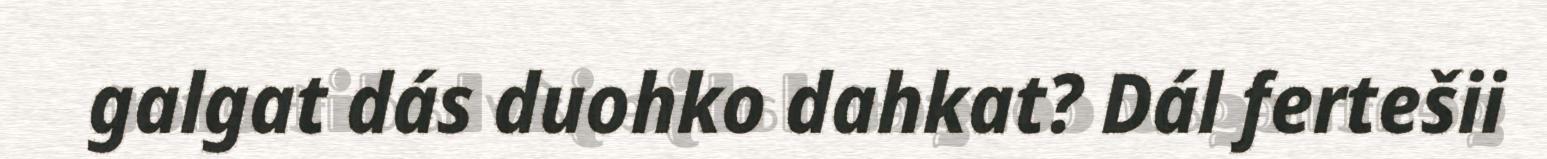
galgat dás duohko dahkat? Dál fertešii